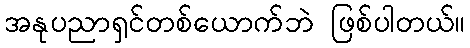
အနုပညာရှင်တစ်ယောက်ဘဲ ဖြစ်ပါတယ်။